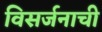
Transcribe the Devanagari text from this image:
विसर्जनाची